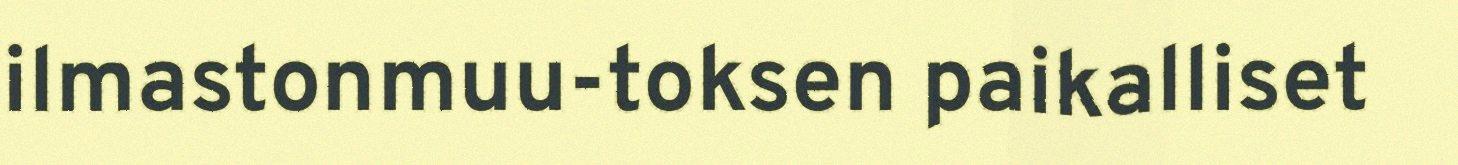
ilmastonmuu-toksen paikalliset